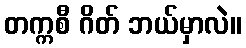
တက္ကစီ ဂိတ် ဘယ်မှာလဲ။